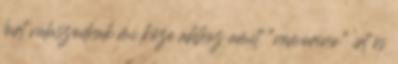
leírt válaszodnak mi köze ahhoz amit "nemorino" írt és